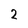
Character: 2